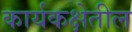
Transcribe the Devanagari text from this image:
कार्यकक्षेतील